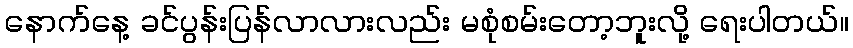
နောက်နေ့ ခင်ပွန်းပြန်လာလားလည်း မစုံစမ်းတော့ဘူးလို့ ရေးပါတယ်။